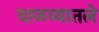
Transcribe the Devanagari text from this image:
वाळव्यातले